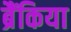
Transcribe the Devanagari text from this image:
ब्रैंकिया